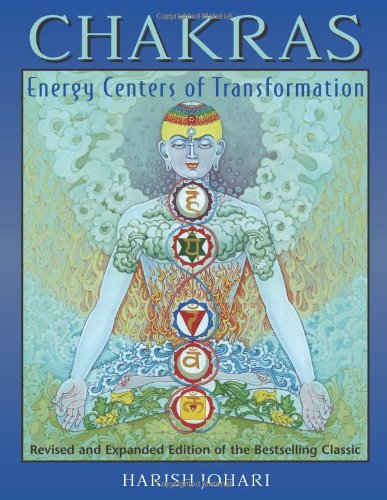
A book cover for Chakras: Energy Centers of Transformation; Harish Johari; Religion & Spirituality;